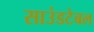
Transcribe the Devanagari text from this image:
साउंडटेबल